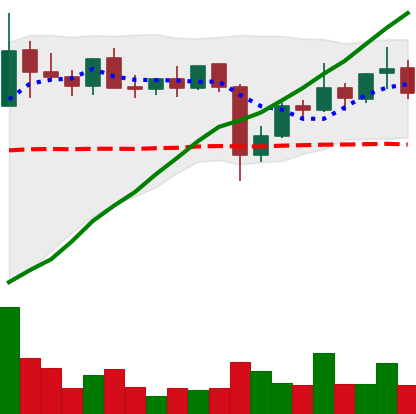
Ticker: XLM-USD
Chart end date: 2021-11-04
Forward return: 11.487%
Label: up_7plus